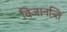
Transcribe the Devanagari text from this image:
विजानन्ति